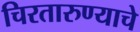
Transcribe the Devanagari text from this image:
चिरतारुण्याचे